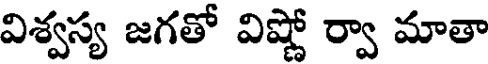
విశ్వస్య జగతో విష్ణో ర్వా మాతా